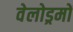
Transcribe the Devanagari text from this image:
वेलोड्रमों